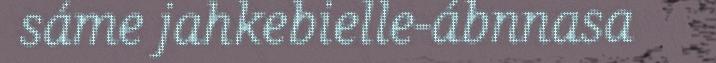
sáme jahkebielle-ábnnasa